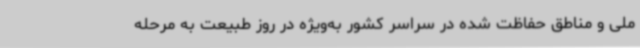
ملی و مناطق حفاظت شده در سراسر کشور به‌ویژه در روز طبیعت به مرحله